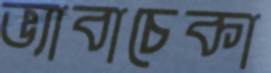
ভ্যাবাচেকা